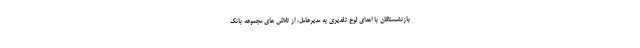
بازنشستگان با اهدای لوح تقدیری به مدیرعامل، از تلاش های مجموعه بانک